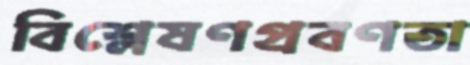
বিশ্লেষণপ্রবণতা